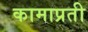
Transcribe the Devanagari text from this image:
कामाप्रती